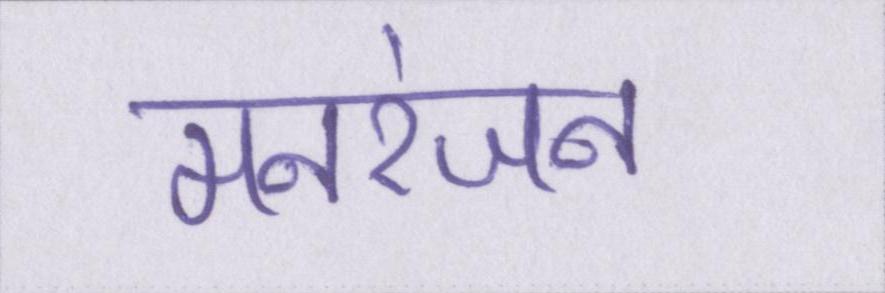
मनरंजन